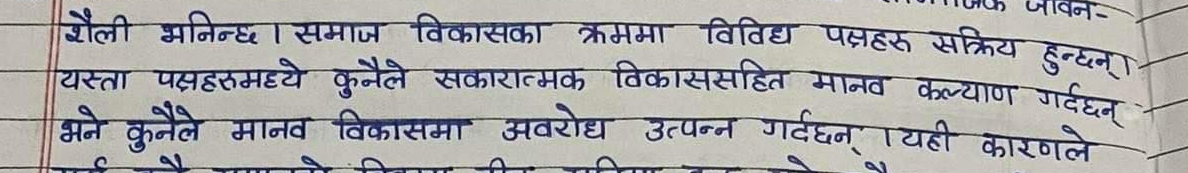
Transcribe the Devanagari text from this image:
शैली भनिन्छ । समाज विकासका क्रममा विविध पक्षहरु सक्रिय हुन्छन्।
यस्ता पक्षहरुमध्ये कुनैले सकारात्मक विकाससहित मानव कल्याण गर्दछन्
भने कुनैले मानव विकासमा अवरोध उत्पन्न गर्दछन् । यही कारणले